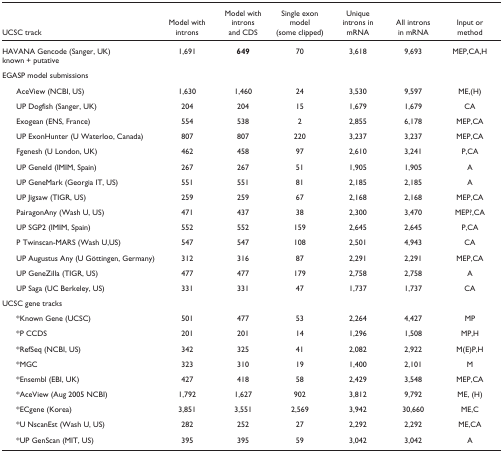
<table><thead><tr><td><b>UCSC track</b></td><td><b>Model with introns</b></td><td><b>Model with introns and CDS</b></td><td><b>Single exon model (some clipped)</b></td><td><b>Unique introns in mRNA</b></td><td><b>All introns in mRNA</b></td><td><b>Input or method</b></td></tr></thead><tbody><tr><td>HAVANA Gencode (Sanger, UK) known + putative</td><td>1,691</td><td><b>649</b></td><td>70</td><td>3,618</td><td>9,693</td><td>MEP,CA,H</td></tr><tr><td colspan="7">EGASP model submissions</td></tr><tr><td> AceView (NCBI, US)</td><td>1,630</td><td>1,460</td><td>24</td><td>3,530</td><td>9,597</td><td>ME,(H)</td></tr><tr><td> UP Dogfish (Sanger, UK)</td><td>204</td><td>204</td><td>15</td><td>1,679</td><td>1,679</td><td>CA</td></tr><tr><td> Exogean (ENS, France)</td><td>554</td><td>538</td><td>2</td><td>2,855</td><td>6,178</td><td>MEP,CA</td></tr><tr><td> UP ExonHunter (U Waterloo, Canada)</td><td>807</td><td>807</td><td>220</td><td>3,237</td><td>3,237</td><td>MEP,CA</td></tr><tr><td> Fgenesh (U London, UK)</td><td>462</td><td>458</td><td>97</td><td>2,610</td><td>3,241</td><td>P,CA</td></tr><tr><td> UP GeneId (IMIM, Spain)</td><td>267</td><td>267</td><td>51</td><td>1,905</td><td>1,905</td><td>A</td></tr><tr><td> UP GeneMark (Georgia IT, US)</td><td>551</td><td>551</td><td>81</td><td>2,185</td><td>2,185</td><td>A</td></tr><tr><td> UP Jigsaw (TIGR, US)</td><td>259</td><td>259</td><td>67</td><td>2,168</td><td>2,168</td><td>MEP,CA</td></tr><tr><td> PairagonAny (Wash U, US)</td><td>471</td><td>437</td><td>38</td><td>2,300</td><td>3,470</td><td>MEP?,CA</td></tr><tr><td> UP SGP2 (IMIM, Spain)</td><td>552</td><td>552</td><td>159</td><td>2,645</td><td>2,645</td><td>P,CA</td></tr><tr><td> P Twinscan-MARS (Wash U,US)</td><td>547</td><td>547</td><td>108</td><td>2,501</td><td>4,943</td><td>CA</td></tr><tr><td> UP Augustus Any (U Göttingen, Germany)</td><td>312</td><td>316</td><td>87</td><td>2,291</td><td>2,291</td><td>MEP,CA</td></tr><tr><td> UP GeneZilla (TIGR, US)</td><td>477</td><td>477</td><td>179</td><td>2,758</td><td>2,758</td><td>A</td></tr><tr><td> UP Saga (UC Berkeley, US)</td><td>331</td><td>331</td><td>47</td><td>1,737</td><td>1,737</td><td>CA</td></tr><tr><td colspan="7">UCSC gene tracks</td></tr><tr><td> *Known Gene (UCSC)</td><td>501</td><td>477</td><td>53</td><td>2,264</td><td>4,427</td><td>MP</td></tr><tr><td> *P CCDS</td><td>201</td><td>201</td><td>14</td><td>1,296</td><td>1,508</td><td>MP,H</td></tr><tr><td> *RefSeq (NCBI, US)</td><td>342</td><td>325</td><td>41</td><td>2,082</td><td>2,922</td><td>M(E)P,H</td></tr><tr><td> *MGC</td><td>323</td><td>310</td><td>19</td><td>1,400</td><td>2,101</td><td>M</td></tr><tr><td> *Ensembl (EBI, UK)</td><td>427</td><td>418</td><td>58</td><td>2,429</td><td>3,548</td><td>MEP,CA</td></tr><tr><td> *AceView (Aug 2005 NCBI)</td><td>1,792</td><td>1,627</td><td>902</td><td>3,812</td><td>9,792</td><td>ME, (H)</td></tr><tr><td> *ECgene (Korea)</td><td>3,851</td><td>3,551</td><td>2,569</td><td>3,942</td><td>30,660</td><td>ME,C</td></tr><tr><td> *U NscanEst (Wash U, US)</td><td>282</td><td>252</td><td>27</td><td>2,292</td><td>2,292</td><td>ME,CA</td></tr><tr><td> *UP GenScan (MIT, US)</td><td>395</td><td>395</td><td>59</td><td>3,042</td><td>3,042</td><td>A</td></tr></tbody></table>